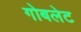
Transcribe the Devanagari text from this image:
गोबलेट